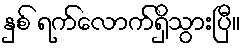
နှစ် ရက်လောက်ရှိသွားပြီ။